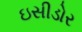
ઇસીડોર